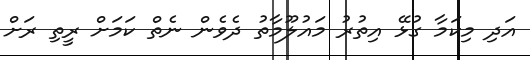
އަދި މިކަމާ ގުޅޭ އިތުރު މައުލޫމާތު ދެވެން ނެތް ކަމަށް ރީތި ރަށް